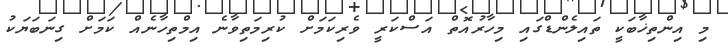
މި އިންތިޚާބަކީ ތައިލެންޑްގައި މިހާރުއޮތް އަސްކަރީ ވެރިކަމަށް ކުރިމަތިވާނެ އިމްތިހާނެއް ކަމަށް ގިނަބަޔަކު